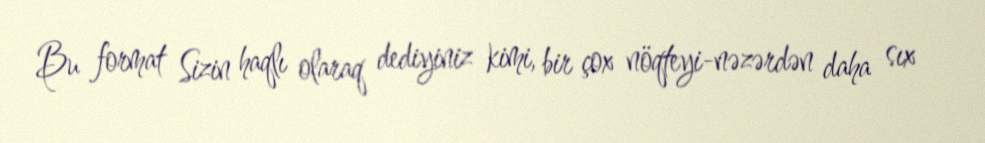
Bu format Sizin haqlı olaraq dediyiniz kimi, bir çox nöqteyi-nəzərdən daha sıx